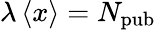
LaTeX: \lambda\left\langle{x}\right\rangle=N_{\mathrm{pub}}